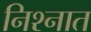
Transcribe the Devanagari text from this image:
निश्नात